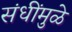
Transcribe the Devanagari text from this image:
संधींमुळे